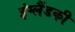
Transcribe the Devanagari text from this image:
इंग्लैंडकी